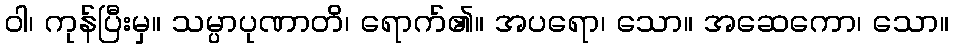
ဝါ၊ ကုန်ပြီးမှ။ သမ္ပာပုဏာတိ၊ ရောက်၏။ အပရော၊ သော။ အဆေကော၊ သော။